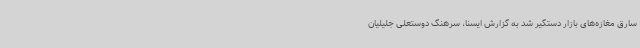
سارق مغازه‌های بازار دستگیر شد به گزارش ایسنا، سرهنگ دوستعلی جلیلیان